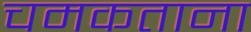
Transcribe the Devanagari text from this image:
चमकताना